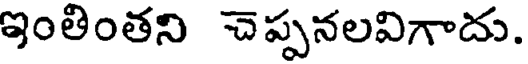
ఇంతింతని చెప్పనలవిగాదు.